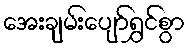
အေးချမ်းပျော်ရွှင်စွာ